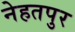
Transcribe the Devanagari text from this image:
नेहतपुर